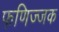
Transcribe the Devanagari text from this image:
फणिज्जक